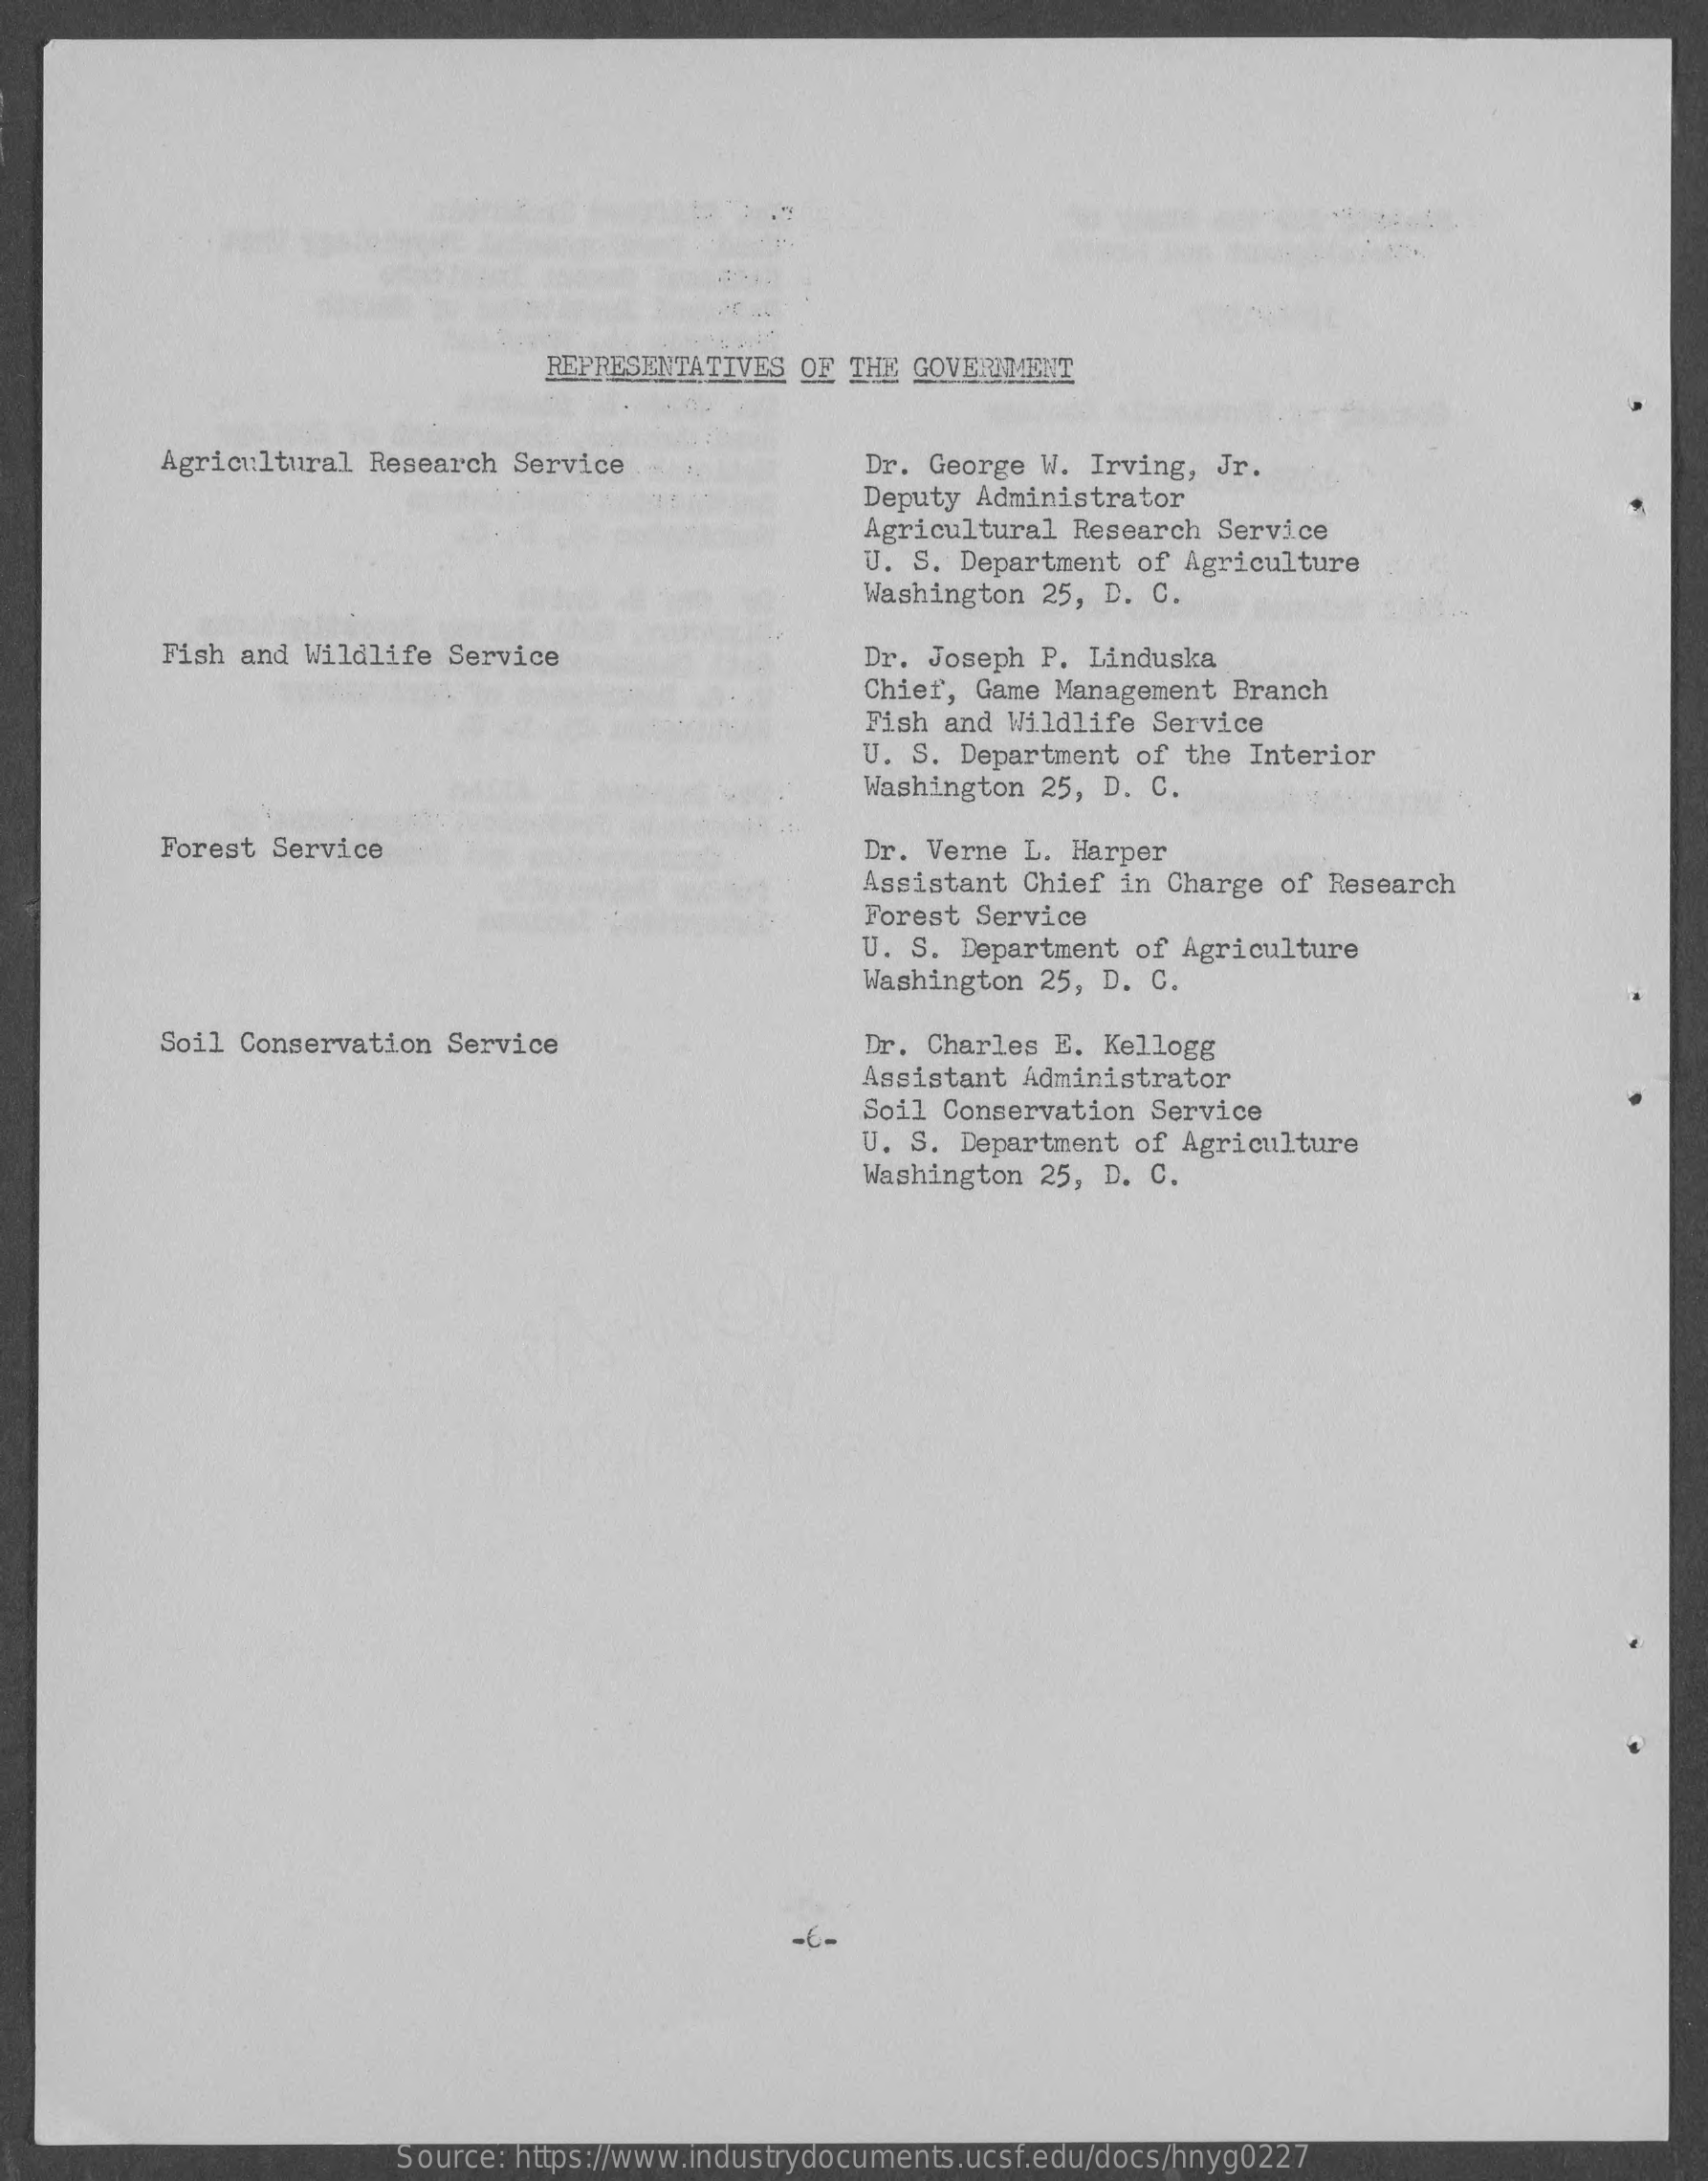
REPRESENTATIVES OF THE GOVERNMENT
     Agricultural Research Service    Dr. George W. Irving,  Jr.
     Deputy Administrator
     Agricultural Research  Service
     U. S. Department of  Agriculture
     Washington 25, D. C.
     Fish and Wildlife Service    Dr. Joseph P. Linduska
     Chier, Game Management  Branch
     Fish and Wildlife  Service
     U. S. Department of  the Interior
     Washington 25, D. C.
     Forest Service    Dr. Verne L. Harper
     Assistant Chief in  Charge of Research
     Forest Service
     U. S. Department of Agriculture
     Washington 25, D. C.
     Soil Conservation Service    Dr. Charles E. Kellogg
     Assistant Administrator
     Soil Conservation  Service
     U. S. Department of Agriculture
     Washington 25, D.  C.
     -6-
     Source: https://www.industrydocuments.ucsf.edu/docs/hnyg0227